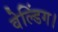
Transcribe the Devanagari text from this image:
वेल्डिंग।